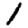
Digit: 1